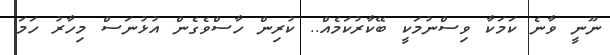
ނޫނީ ވާާނެ ކަމަކާ ވިސްނުމަކީ ބޭކާރުކަމެއް.. ކުރިން ހާސްވެގެން އުޅުނަސް މިހާރު ހަމަ